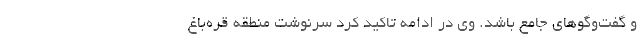
و گفت‌وگوهای جامع باشد. وی در ادامه تاکید کرد سرنوشت منطقه قره‌باغ